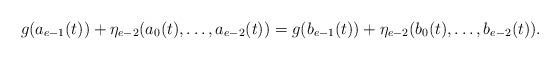
LaTeX: \begin{align*} g(a_{e-1}(t))+\eta_{e-2}(a_0(t), \ldots, a_{e-2}(t))=g(b_{e-1}(t))+\eta_{e-2}(b_0(t), \ldots, b_{e-2}(t)).\end{align*}